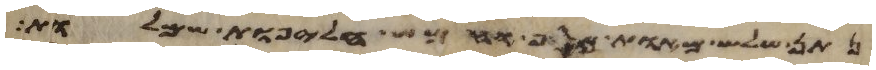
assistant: נתן שלש מאות כסף וחמש חליפות שמלות